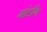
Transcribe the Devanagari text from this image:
मांडणि